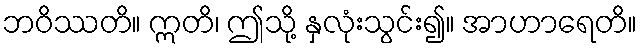
ဘဝိဿတိ။ ဣတိ၊ ဤသို့ နှလုံးသွင်း၍။ အာဟာရေတိ။